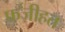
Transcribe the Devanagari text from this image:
फज़ीहत